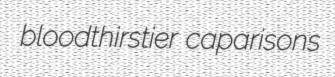
bloodthirstier caparisons